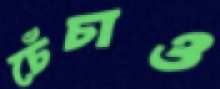
চেঁচাও